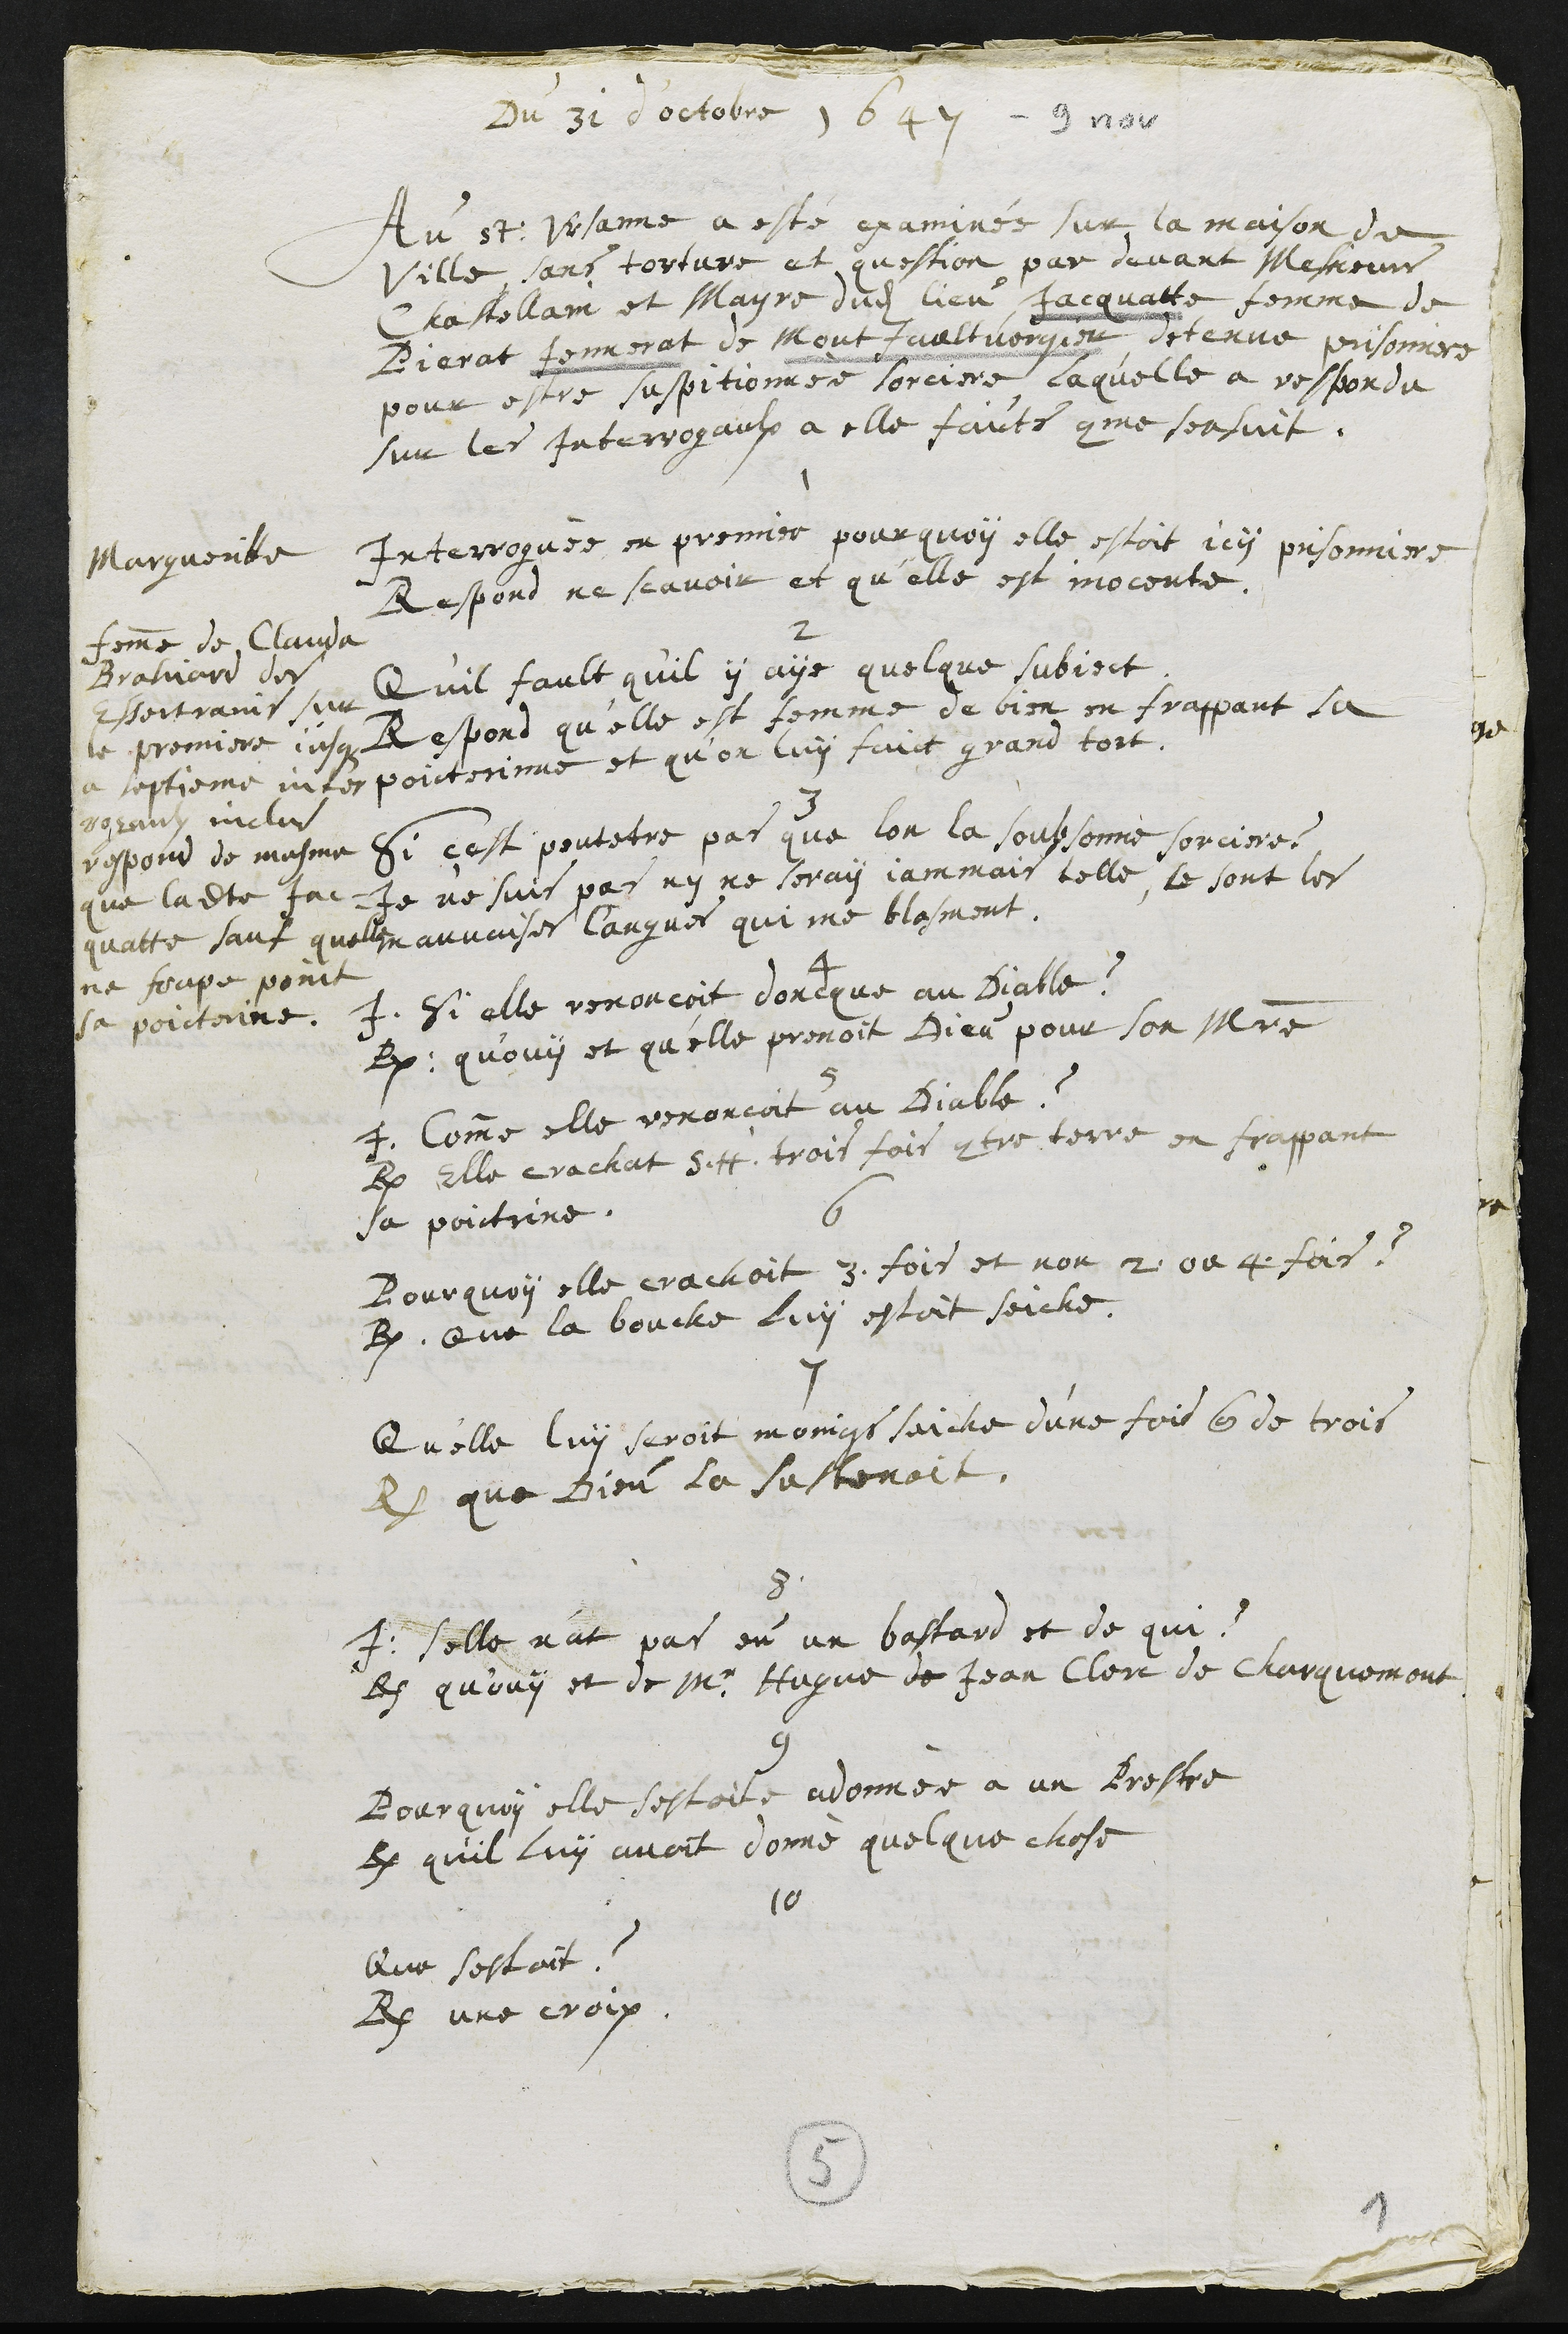
Du 31 d'octobre 1647 - 9 nov
Au St Ursanne a esté examinée sur la maison de
Ville sans torture et question par devant Messieurs
Chastellain et Mayre dudit lieu Jacquatte femme de
Pierat Jennerat de Montfaultvergier detenue prisonniere
pour estre suspitionnee sorciere, laquelle a respondu
sur les Interrogaulx a elle faicts comme sensuit.
1
Interroguee en premier pourquoy elle estoit icy prisonniere
Respond ne scavoir et qu'elle est inocente.
2
Qu'il fault qu'il y aye quelque subject
Respond qu’elle est femme de bien en frappant sa
poicterinne et qu’on luy faict grand tort.
3
Si cest peutetre pas que lon la soubsonne sorciere ?
Je ne suis pas ny ne seray jammais telle, ce sont les
mauvaises langues qui me blasment
4
Interroguée Si elle renoncoit doncque au Diable ?
Respond qu'ouy et qu'elle prenoit Dieu pour son Maitre
5
I. Comme elle renonçoit au Diable ?
R. Elle crachat S. H. trois fois contre terre en frappant
sa poictrine.
6
Pourquoy elle crachoit 3 fois et non 2 ou 4 fois ?
R. Que la bouche luy estoit seiche.
7
Qu'elle luy seroit moings saiche d’une fois que de trois
R. que Dieu la sustenoit.
Margueritte
femme de Clauda
Brahiard des
Essertrains sur
le premiere jusque
a septieme inter¬
rogauls inclus
respond de mesme
que ladite Jac¬
quatte sauf quelle
ne frape point
sa poicterine
8
I: Selle n’at pas eu un bastard et de qui ?
R. qu'ouy et de Mr Hugue de Jean Clerc de Charquemont
9
Pourquoy elle sestoit adonnée à un Prestre
R. qu'il luy avoit donné quelque chose
10
Que sestoit ?
R. une croix.
5
1